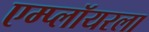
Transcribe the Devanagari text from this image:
एम्प्लॉयरला